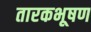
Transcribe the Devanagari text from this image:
तारकभूषण